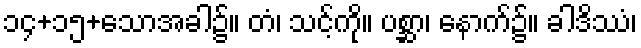
၁၄+၁၅+သောအခါ၌။ တံ၊ သင့်ကို။ ပစ္ဆာ၊ နောက်၌။ ခါဒိဿံ၊